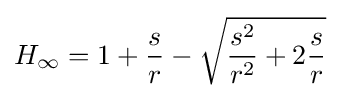
H_{\infty }=1+{\frac {s}{r}}-{\sqrt {{\frac {s^{2}}{r^{2}}}+2{\frac {s}{r}}}}